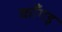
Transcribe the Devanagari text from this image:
काँगड़